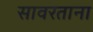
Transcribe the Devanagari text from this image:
सावरताना